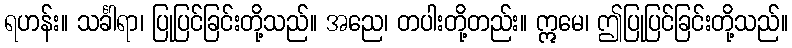
ရဟန်း။ သင်္ခါရာ၊ ပြုပြင်ခြင်းတို့သည်။ အညေ၊ တပါးတို့တည်း။ ဣမေ၊ ဤပြုပြင်ခြင်းတို့သည်။